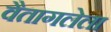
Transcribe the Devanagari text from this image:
वैतागलेला